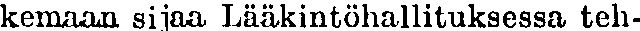
kemaan sijaa Lääkintöhallituksessa teh-